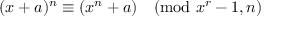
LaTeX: ( x + a ) ^ { n } \equiv ( x ^ { n } + a ) { \pmod { x ^ { r } - 1 , n } }